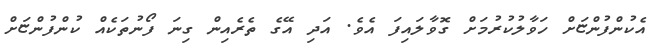
އެކުންފުންޏަށް ހަވާލުކުރުމަށް ގޮވާލައިފަ އެވެ. އަދި އޭގެ ތެރެއިން ގިނަ ފޯނުތަކެއް ކުންފުންޏަށް